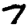
Digit: 7